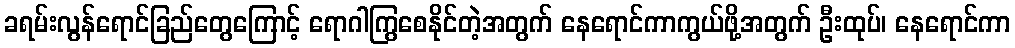
ခရမ်းလွန်ရောင်ခြည်တွေကြောင့် ရောဂါကြွစေနိုင်တဲ့အတွက် နေရောင်ကာကွယ်ဖို့အတွက် ဦးထုပ်၊ နေရောင်ကာ